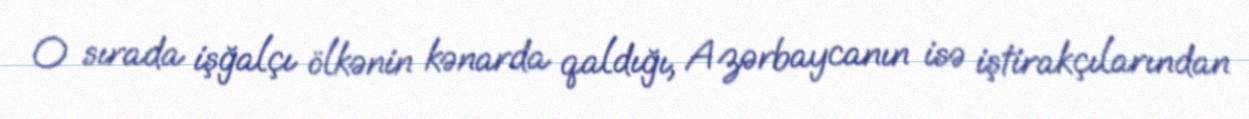
O sırada işğalçı ölkənin kənarda qaldığı, Azərbaycanın isə iştirakçılarından